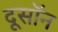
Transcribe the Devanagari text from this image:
दूसॉन